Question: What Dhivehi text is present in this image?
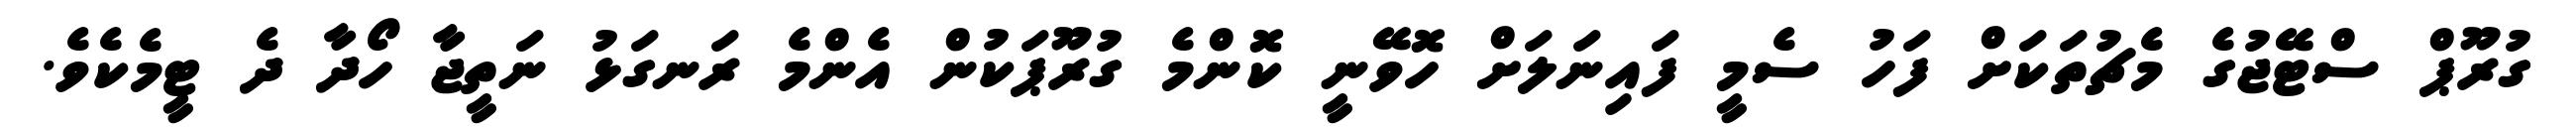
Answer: ގުރޫޕް ސްޓޭޖުގެ މެޗުތަކަށް ފަހު ސެމީ ފައިނަލަށް ހޮވޭނީ ކޮންމެ ގުރޫޕަކުން އެންމެ ރަނގަޅު ނަތީޖާ ހޯދާ ދެ ޓީމެކެވެ.